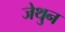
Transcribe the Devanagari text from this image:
जेथुन